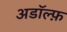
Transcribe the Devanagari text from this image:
अडॉल्फ़